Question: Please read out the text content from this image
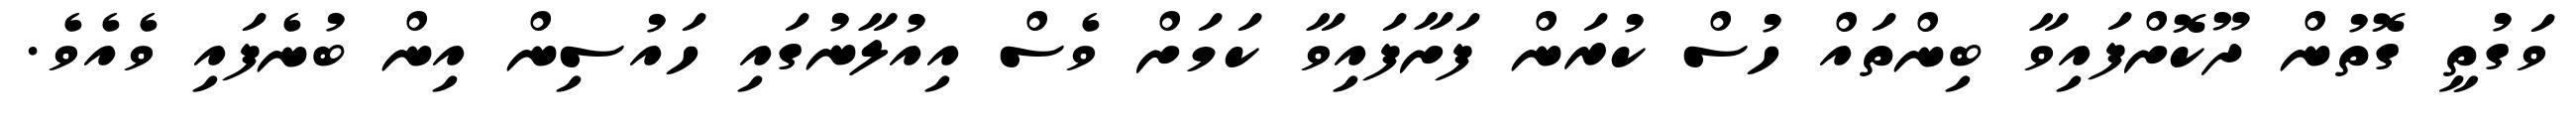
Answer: ވަގުތީ ގޮތުން ދޫކޮށްފައިވާ ބިންތައް ހުސް ކުރަން ފަށާފައިވާ ކަމަށް ވެސް އިއުލާނުގައި ހައުސިން އިން ބުނެފައި ވެއެވެ.